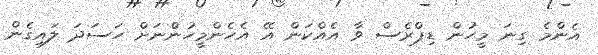
އެންމެ ގިނަ މީހުން ޑިޕްރެސް ވާ އެއްކަން އޭ އެހެންމީހުންނަށް ހަސަދަ ލައިގެން